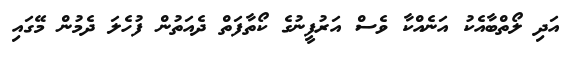
އަދި ލޯތްބާއެކު އަނެއްކާ ވެސް އަރުފީނުގެ ކޯތާފަތް ދެއަތުން ފުހެލަ ދެމުން މޭގައި